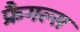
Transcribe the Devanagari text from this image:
फ्रैगल्स